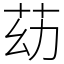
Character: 苭